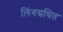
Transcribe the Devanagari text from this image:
लिंगग्रथित